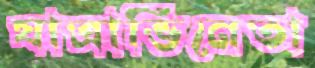
যাত্রাভিনেতা